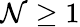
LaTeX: \mathcal{N}\geq1